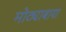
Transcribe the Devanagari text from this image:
मोठ्याबाया